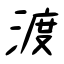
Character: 渡